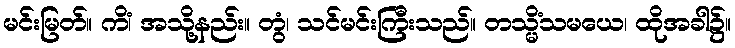
မင်းမြတ်။ ကိံ၊ အသို့နည်း။ တွံ၊ သင်မင်းကြီးသည်။ တသ္မိံသမယေ၊ ထိုအခါ၌။